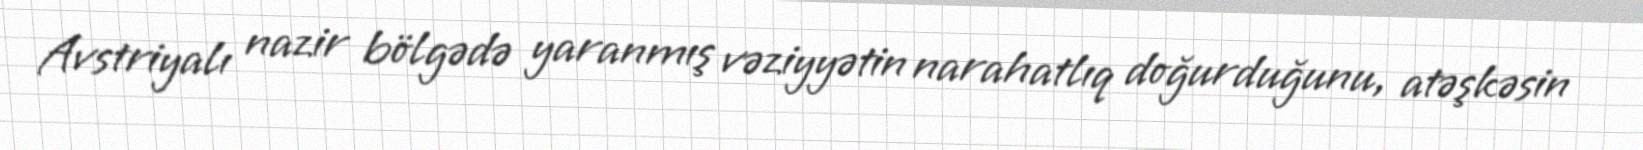
Avstriyalı nazir bölgədə yaranmış vəziyyətin narahatlıq doğurduğunu, atəşkəsin